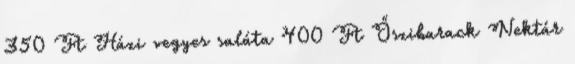
350 Ft Házi vegyes saláta 400 Ft Őszibarack Nektár